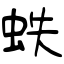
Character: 蛈